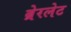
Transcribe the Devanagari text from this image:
ब्रेरलेट